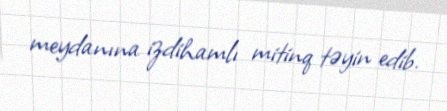
meydanına izdihamlı mitinq təyin edib.